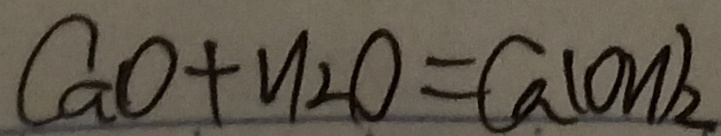
C a O + H _ { 2 } O = C a ( O H ) _ { 2 }